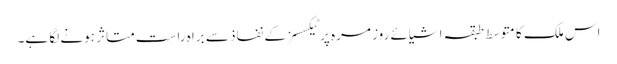
اس ملک کا متوسط طبقہ اشیائے روز مرہ پر ٹیکسسز کے نفاذ سے براہ راست متاثر ہونے لگا ہے۔